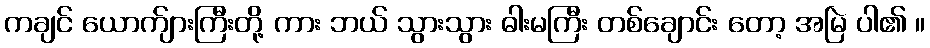
ကချင် ယောက်ျားကြီးတို့ ကား ဘယ် သွားသွား ဓါးမကြီး တစ်ချောင်း တော့ အမြဲ ပါ၏ ။